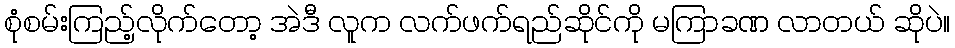
စုံစမ်းကြည့်လိုက်တော့ အဲဒီ လူက လက်ဖက်ရည်ဆိုင်ကို မကြာခဏ လာတယ် ဆိုပဲ။